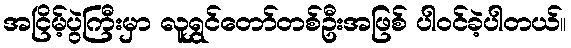
အငြိမ့်ပွဲကြီးမှာ လူရွှင်တော်တစ်ဦးအဖြစ် ပါဝင်ခဲ့ပါတယ်။